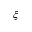
\xi